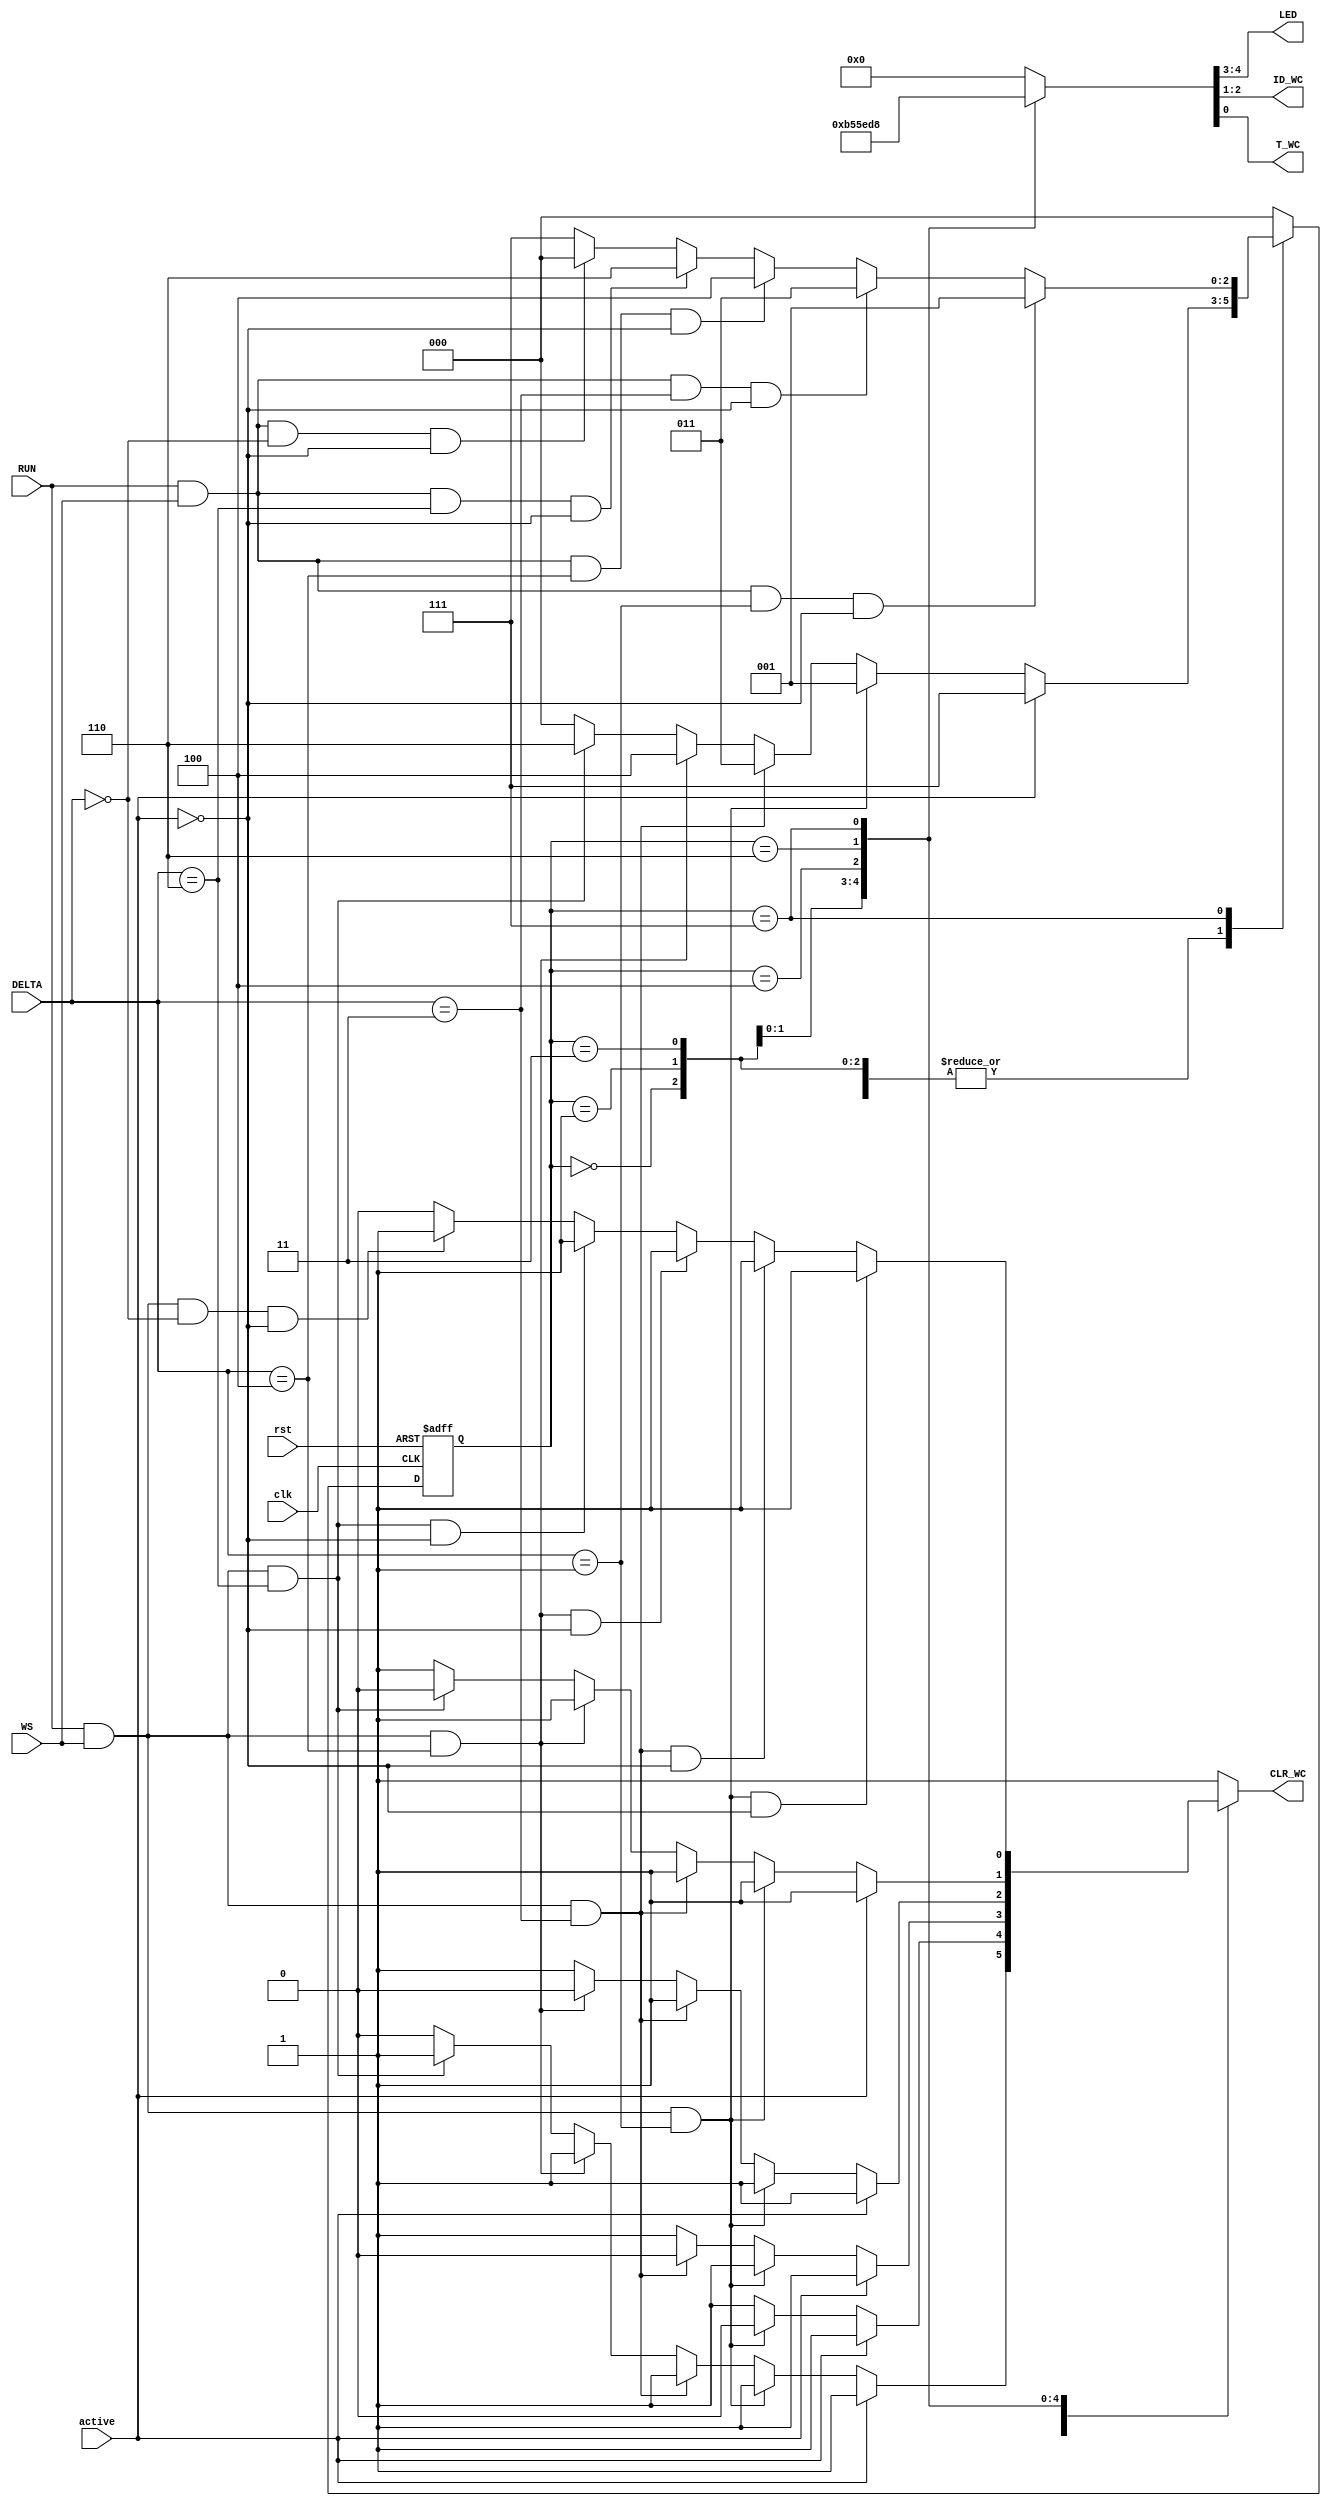
`timescale 1ns / 1ps
//////////////////////////////////////////////////////////////////////////////////
// Company: 
// Engineer: 
// 
// Design Name: 
// Module Name: fsm_modified
// Project Name: 
// Target Devices: 
// Tool Versions: 
// Description: 
// 
// Dependencies: 
// 
// Revision:
// Revision 0.01 - File Created
// Additional Comments:
// 
//////////////////////////////////////////////////////////////////////////////////


module fsm_modified(
input wire clk,rst,active,
input wire RUN,WS,
input wire [2:0] DELTA,
output wire [1:0] LED,ID_WC,
output wire T_WC,
output reg CLR_WC
);

    reg [2:0] state,state_nxt;
    
    parameter OFF=3'b000,CALDO=3'b001,T_CALDO=3'b011,FREDDO=3'b100,T_FREDDO=3'b110,ALARM=3'b111;
    
    //state logic
    always@(posedge clk,posedge rst)
    if(rst==1'b1) state<=OFF;
    else state<=state_nxt;
    
    //state_nxt logic
    always@(state,RUN,WS,DELTA,active)
    case(state)
    OFF:
    begin
    if (active==1'b1) state_nxt=ALARM;
    else
    if(RUN==1'b1 & WS==1'b1 & DELTA==3'b001) state_nxt=CALDO;
    else if(RUN==1'b1 & WS==1'b1 & DELTA==3'b011) state_nxt=T_CALDO;
    else if(RUN==1'b1 & WS==1'b1 & DELTA==3'b100) state_nxt=FREDDO;
    else if(RUN==1'b1 & WS==1'b1 & DELTA==3'b110) state_nxt=T_FREDDO;
    else state_nxt=OFF;
    end
    CALDO:
    begin
    if (active==1'b1) state_nxt=ALARM;
    else
    if(RUN==1'b1 & WS==1'b1 & DELTA==3'b001) state_nxt=CALDO;
    else if(RUN==1'b1 & WS==1'b1 & DELTA==3'b011) state_nxt=T_CALDO;
    else if(RUN==1'b1 & WS==1'b1 & DELTA==3'b100) state_nxt=FREDDO;
    else if(RUN==1'b1 & WS==1'b1 & DELTA==3'b110) state_nxt=T_FREDDO;
    else state_nxt=OFF;
    end
    T_CALDO:
    begin
    if (active==1'b1) state_nxt=ALARM;
    else
    if(RUN==1'b1 & WS==1'b1 & DELTA==3'b001) state_nxt=CALDO;
    else if(RUN==1'b1 & WS==1'b1 & DELTA==3'b011) state_nxt=T_CALDO;
    else if(RUN==1'b1 & WS==1'b1 & DELTA==3'b100) state_nxt=FREDDO;
    else if(RUN==1'b1 & WS==1'b1 & DELTA==3'b110) state_nxt=T_FREDDO;
    else state_nxt=OFF;
    end
    FREDDO:
    begin
    if (active==1'b1) state_nxt=ALARM;
    else
    if(RUN==1'b1 & WS==1'b1 & DELTA==3'b001) state_nxt=CALDO;
    else if(RUN==1'b1 & WS==1'b1 & DELTA==3'b011) state_nxt=T_CALDO;
    else if(RUN==1'b1 & WS==1'b1 & DELTA==3'b100) state_nxt=FREDDO;
    else if(RUN==1'b1 & WS==1'b1 & DELTA==3'b110) state_nxt=T_FREDDO;
    else state_nxt=OFF;
    end
    T_FREDDO:
    begin
    if (active==1'b1) state_nxt=ALARM;
    else
    if(RUN==1'b1 & WS==1'b1 & DELTA==3'b001) state_nxt=CALDO;
    else if(RUN==1'b1 & WS==1'b1 & DELTA==3'b011) state_nxt=T_CALDO;
    else if(RUN==1'b1 & WS==1'b1 & DELTA==3'b100) state_nxt=FREDDO;
    else if(RUN==1'b1 & WS==1'b1 & DELTA==3'b110) state_nxt=T_FREDDO;
    else state_nxt=OFF;
    end
    ALARM:
    begin
    if(RUN==1'b1 && WS==1'b1 && DELTA==3'b001 && active==1'b0) state_nxt=CALDO;
    else if(RUN==1'b1 && WS==1'b1 && DELTA==3'b011 && active==1'b0) state_nxt=T_CALDO;
    else if(RUN==1'b1 && WS==1'b1 && DELTA==3'b100 && active==1'b0) state_nxt=FREDDO;
    else if(RUN==1'b1 && WS==1'b1 && DELTA==3'b110 && active==1'b0) state_nxt=T_FREDDO;
    else if(RUN==1'b1 && WS==1'b1 && DELTA==3'b000 && active==1'b0) state_nxt=OFF;
    else state_nxt=ALARM;
    end
    default: state_nxt=OFF;
    endcase
    
    //Moore output logic
    reg [4:0] out;
    
    always@(state)
    case(state)
    OFF:
    out=5'b00000;
    CALDO:
    out=5'b01011;
    T_CALDO:
    out=5'b01010;
    FREDDO:
    out=5'b10111;
    T_FREDDO:
    out=5'b10110;
    ALARM:
    out=5'b11000;
    default: out=5'b00000;
    endcase
    
    
    assign {LED,ID_WC,T_WC} = out;
    
    //Mealy output logic (CLR_WC)
    always@(state,RUN,WS,DELTA,active)
    case(state)
    OFF:
    begin
    if (active==1'b1) CLR_WC=1'b1;
    else
    if(RUN==1'b1 & WS==1'b1 & DELTA==3'b001) CLR_WC=1'b1;
    else if(RUN==1'b1 & WS==1'b1 & DELTA==3'b011) CLR_WC=1'b1;
    else if(RUN==1'b1 & WS==1'b1 & DELTA==3'b100) CLR_WC=1'b1;
    else if(RUN==1'b1 & WS==1'b1 & DELTA==3'b110) CLR_WC=1'b1;
    else CLR_WC=1'b0;
    end
    CALDO:
    begin
    if (active==1'b1) CLR_WC=1'b1;
    else
    if(RUN==1'b1 & WS==1'b1 & DELTA==3'b001) CLR_WC=1'b0;
    else if(RUN==1'b1 & WS==1'b1 & DELTA==3'b011) CLR_WC=1'b1;
    else if(RUN==1'b1 & WS==1'b1 & DELTA==3'b100) CLR_WC=1'b1;
    else if(RUN==1'b1 & WS==1'b1 & DELTA==3'b110) CLR_WC=1'b1;
    else CLR_WC=1'b1;
    end
    T_CALDO:
    begin
    if (active==1'b1) CLR_WC=1'b1;
    else
    if(RUN==1'b1 & WS==1'b1 & DELTA==3'b001) CLR_WC=1'b1;
    else if(RUN==1'b1 & WS==1'b1 & DELTA==3'b011) CLR_WC=1'b0;
    else if(RUN==1'b1 & WS==1'b1 & DELTA==3'b100) CLR_WC=1'b1;
    else if(RUN==1'b1 & WS==1'b1 & DELTA==3'b110) CLR_WC=1'b1;
    else CLR_WC=1'b1;
    end
    FREDDO:
    begin
    if (active==1'b1) CLR_WC=1'b1;
    else
    if(RUN==1'b1 & WS==1'b1 & DELTA==3'b001) CLR_WC=1'b1;
    else if(RUN==1'b1 & WS==1'b1 & DELTA==3'b011) CLR_WC=1'b1;
    else if(RUN==1'b1 & WS==1'b1 & DELTA==3'b100) CLR_WC=1'b0;
    else if(RUN==1'b1 & WS==1'b1 & DELTA==3'b110) CLR_WC=1'b1;
    else CLR_WC=1'b1;
    end
    T_FREDDO:
    begin
    if (active==1'b1) CLR_WC=1'b1;
    else
    if(RUN==1'b1 & WS==1'b1 & DELTA==3'b001) CLR_WC=1'b1;
    else if(RUN==1'b1 & WS==1'b1 & DELTA==3'b011) CLR_WC=1'b1;
    else if(RUN==1'b1 & WS==1'b1 & DELTA==3'b100) CLR_WC=1'b1;
    else if(RUN==1'b1 & WS==1'b1 & DELTA==3'b110) CLR_WC=1'b0;
    else CLR_WC=1'b1;
    end
    ALARM:
     begin
    if(RUN==1'b1 & WS==1'b1 & DELTA==3'b001 & active==1'b0) CLR_WC=1'b1;
    else if(RUN==1'b1 & WS==1'b1 & DELTA==3'b011 & active==1'b0) CLR_WC=1'b1;
    else if(RUN==1'b1 & WS==1'b1 & DELTA==3'b100 & active==1'b0) CLR_WC=1'b1;
    else if(RUN==1'b1 & WS==1'b1 & DELTA==3'b110 & active==1'b0) CLR_WC=1'b1;
    else if(RUN==1'b1 & WS==1'b1 & DELTA==3'b000 & active==1'b0) CLR_WC=1'b1;
    else CLR_WC=1'b0;
    end
    default: CLR_WC=1'b1;
    endcase

endmodule